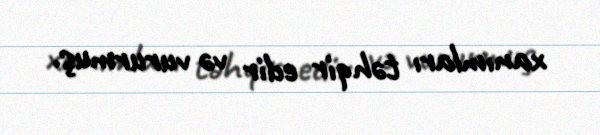
xanımları təhqir edir və vururmuş.